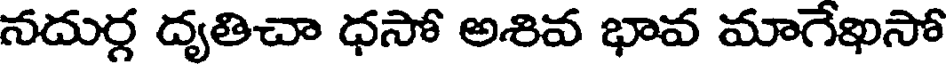
నదుర్గ ద్యతిచా ధసో అశివ భావ మాగేఖసో